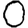
Digit: 0